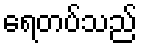
ရေတပ်သည်